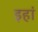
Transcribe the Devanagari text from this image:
इहां